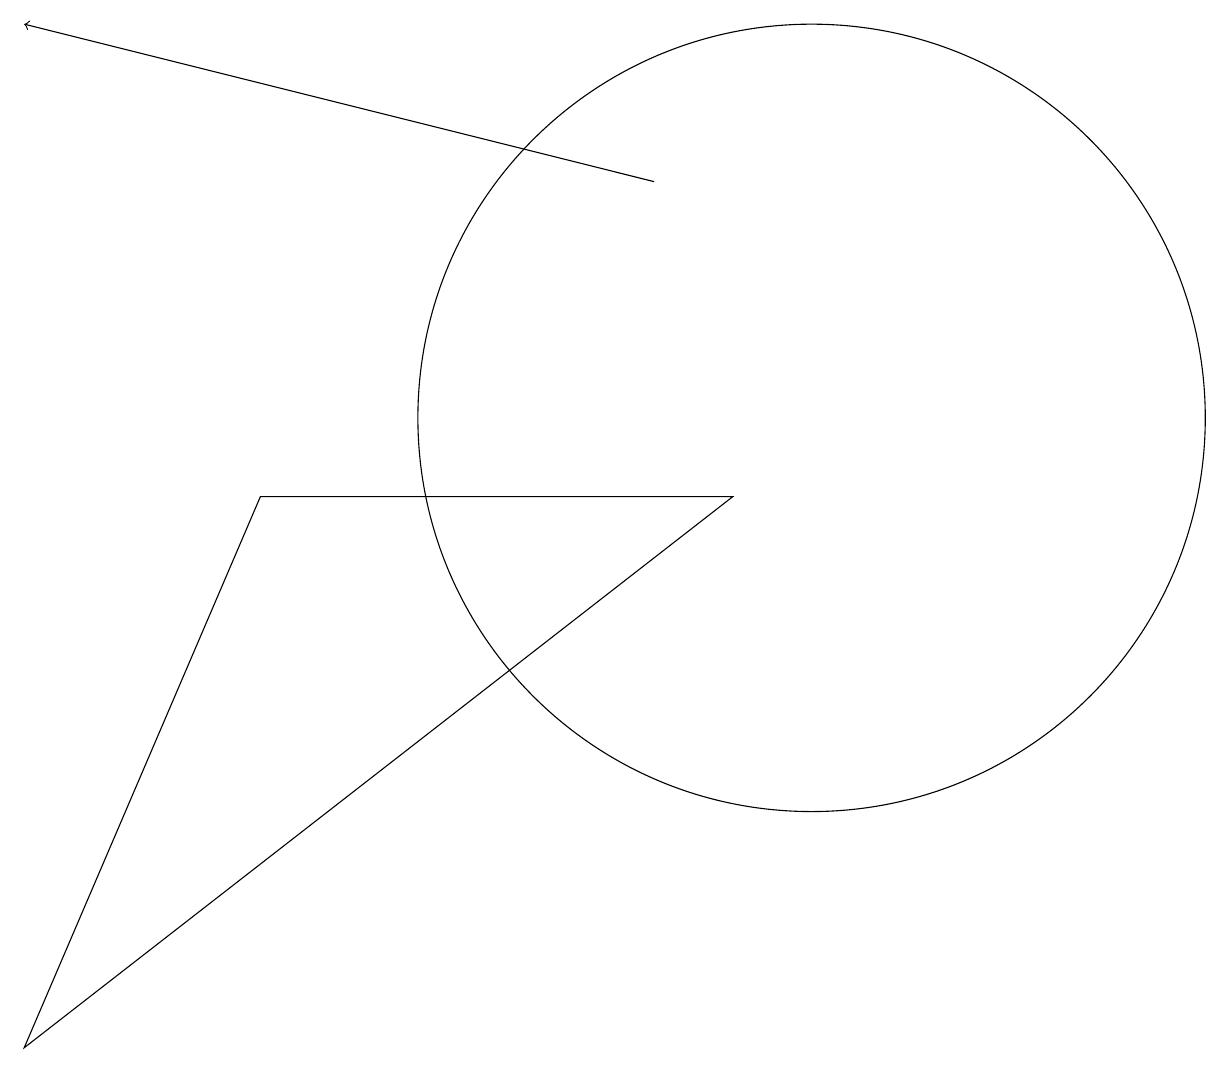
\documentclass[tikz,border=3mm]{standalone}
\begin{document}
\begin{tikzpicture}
\draw (3,9) -- (0,2) -- (9,9) -- cycle;
\draw[->] (8,13) -- (0,15);
\draw (10,10) circle (5);
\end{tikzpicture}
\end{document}